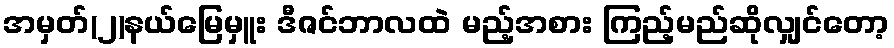
အမှတ်(၂)နယ်မြေမှူး ဒီဇင်ဘာလထဲ မည့်အစား ကြည့်မည်ဆိုလျှင်တော့